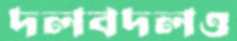
দলবদলও